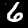
Digit: 6